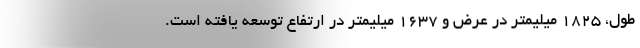
طول، 1825 میلیمتر در عرض و 1637 میلیمتر در ارتفاع توسعه یافته است.